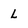
Character: L